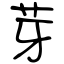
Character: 芽